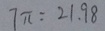
7 \pi = 2 1 . 9 8